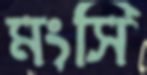
মংসি